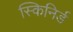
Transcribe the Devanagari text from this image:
स्किनिर्ड